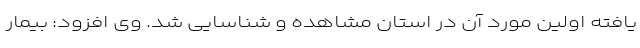
یافته اولین مورد آن در استان مشاهده و شناسایی شد. ‌وی افزود: بیمار